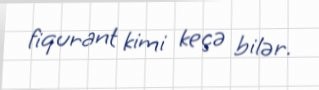
fiqurant kimi keçə bilər.